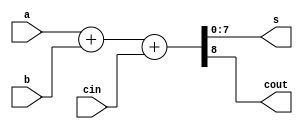
module add #(parameter N = 8)(
  input [N-1:0] a,b,
  input         cin,
  output [N-1:0] s,
  output         cout
);

assign {cout, s} = a + b + cin;

endmodule